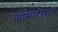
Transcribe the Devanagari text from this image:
कॉम्पटीशन